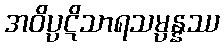
အဝိပ္ပဋိသာရသမ္ပန္နဿ